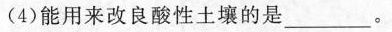
(4)能用来改良酸性土壤的是___。